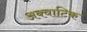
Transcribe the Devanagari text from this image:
अक्वाटिक